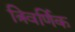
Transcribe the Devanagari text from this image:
त्रिवर्णिक